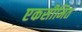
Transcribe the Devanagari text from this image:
एकसीमित